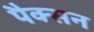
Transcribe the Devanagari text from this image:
पैक्सन